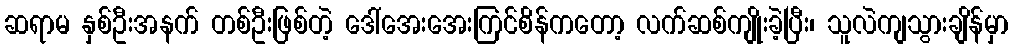
ဆရာမ နှစ်ဦးအနက် တစ်ဦးဖြစ်တဲ့ ဒေါ်အေးအေးကြင်စိန်ကတော့ လက်ဆစ်ကျိုးခဲ့ပြီး၊ သူလဲကျသွားချိန်မှာ